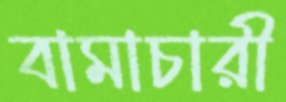
বামাচারী